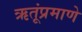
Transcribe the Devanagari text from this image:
ऋतूंप्रमाणे